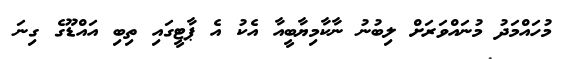
މުހައްމަދު މުނައްވަރަށް ލިބުނު ނާކާމިޔާބީއާ އެކު އެ ޕާޓީގައި ތިބި އައްޑޫގެ ގިނަ